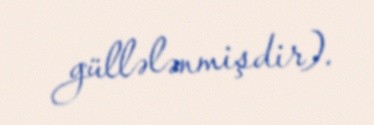
güllələnmişdir).